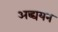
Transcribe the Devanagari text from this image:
अद्ध्ययन